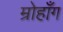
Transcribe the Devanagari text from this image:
म्रोहाँग